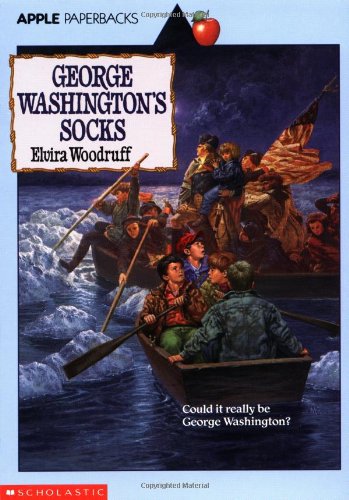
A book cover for George Washington's Socks (Time Travel Adventures); Elvira Woodruff; Children's Books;